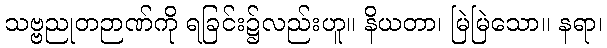
သဗ္ဗညုတဉာဏ်ကို ရခြင်း၌လည်းဟူ။ နိယတာ၊ မြဲမြဲသော။ နရာ၊